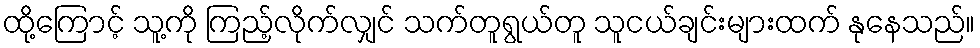
ထို့ကြောင့် သူ့ကို ကြည့်လိုက်လျှင် သက်တူရွယ်တူ သူငယ်ချင်းများထက် နုနေသည်။